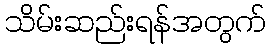
သိမ်းဆည်းရန်အတွက်